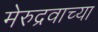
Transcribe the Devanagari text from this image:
मेरुद्रवाच्या